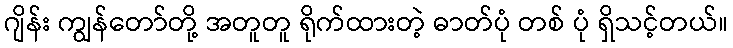
ဂျိန်း ကျွန်တော်တို့ အတူတူ ရိုက်ထားတဲ့ ဓာတ်ပုံ တစ် ပုံ ရှိသင့်တယ်။